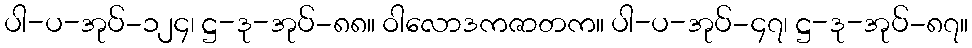
ပါ-ပ-အုပ်-၁၂၄၊ ဋ္ဌ-ဒု-အုပ်-၈၈။ ဝါလောဒကဇာတက။ ပါ-ပ-အုပ်-၄၇၊ ဋ္ဌ-ဒု-အုပ်-၈၇။